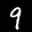
Label: 9